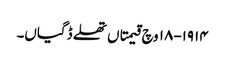
١٩١٤-١٨ وچ قیمتاں تھلے ڈگیاں۔